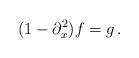
LaTeX: \begin{align*}(1-\partial_x^2)f=g\,.\end{align*}